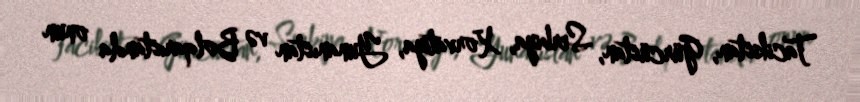
Tacikistan, Gürcüstan, Serbiya, Xorvatiya, Yunanıstan və Bolqarıstanda onun